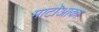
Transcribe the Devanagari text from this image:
माटोआका